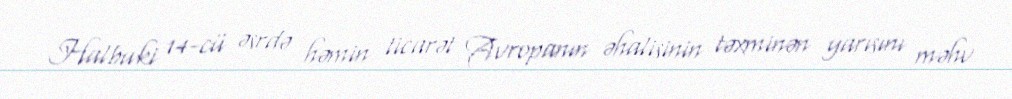
Halbuki 14-cü əsrdə həmin ticarət Avropanın əhalisinin təxminən yarısını məhv